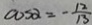
\cos \alpha = - \frac { 1 2 } { 1 3 }